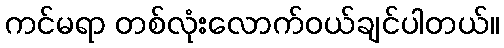
ကင်မရာ တစ်လုံးလောက်ဝယ်ချင်ပါတယ်။